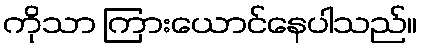
ကိုသာ ကြားယောင်နေပါသည်။